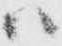
ハ